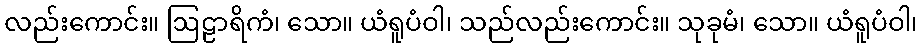
လည်းကောင်း။ ဩဠာရိကံ၊ သော။ ယံရူပံဝါ၊ သည်လည်းကောင်း။ သုခုမံ၊ သော။ ယံရူပံဝါ၊